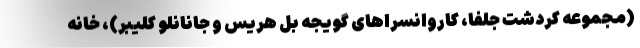
(مجموعه کردشت جلفا، کاروانسراهای گویجه بل هریس و جانانلو کلیبر)، خانه